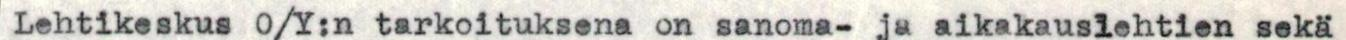
Lehtikeskus O/Y:n tarkoituksena on sanoma- ja aikakauslehtien sekä